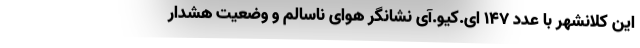
این کلانشهر با عدد ۱۴۷ ای.کیو.آی نشانگر هوای ناسالم و وضعیت هشدار